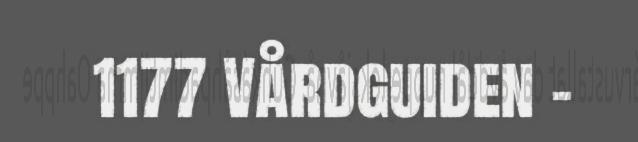
1177 Vårdguiden -